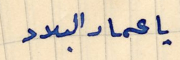
يا عماد البلاد